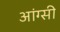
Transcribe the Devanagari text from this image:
आंग्सी